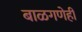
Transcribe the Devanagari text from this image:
बाळगणेही